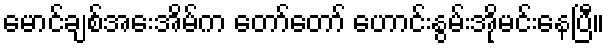
မောင်ချစ်အေးအိမ်က တော်တော် ဟောင်းနွမ်းအိုမင်းနေပြီ။